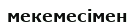
мекемесімен